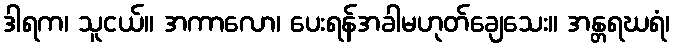
ဒါရက၊ သူငယ်။ အကာလော၊ ပေးရန်အခါမဟုတ်ချေသေး။ အန္တရဃရံ၊